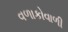
વળાકોવાળી